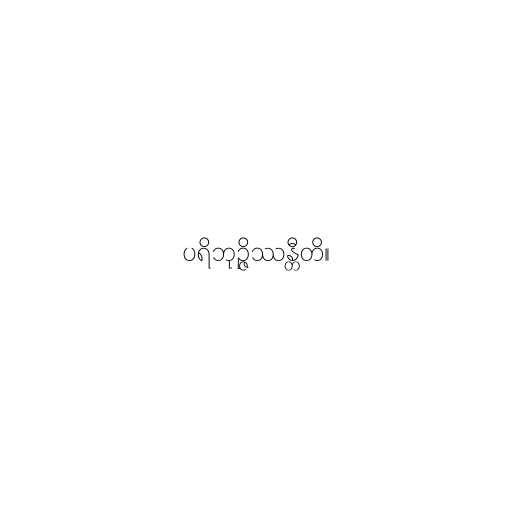
ပရိဘုဉ္ဇိဿန္တီတိ။